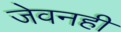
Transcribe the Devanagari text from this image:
जेवनही